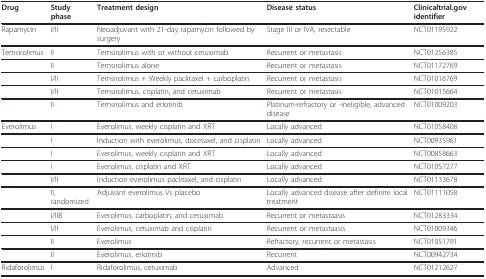
<table><thead><tr><td><b>Drug</b></td><td><b>Study phase</b></td><td><b>Treatment design</b></td><td><b>Disease status</b></td><td><b>Clinicaltrial.gov identifier</b></td></tr></thead><tbody><tr><td>Rapamycin</td><td>I/II</td><td>Neoadjuvant with 21-day rapamycin followed by surgery</td><td>Stage III or IVA, resectable</td><td>NCT01195922</td></tr><tr><td>Temsirolimus</td><td>II</td><td>Temsirolimus with or without cetuximab</td><td>Recurrent or metastasis</td><td>NCT01256385</td></tr><tr><td></td><td>II</td><td>Temsirolimus alone</td><td>Recurrent or metastasis</td><td>NCT01172769</td></tr><tr><td></td><td>I/II</td><td>Temsirolimus + Weekly paclitaxel + carboplatin</td><td>Recurrent or metastasis</td><td>NCT01016769</td></tr><tr><td></td><td>I/II</td><td>Temsirolimus, cisplatin, and cetuximab</td><td>Recurrent or metastasis</td><td>NCT01015664</td></tr><tr><td></td><td>II</td><td>Temsirolimus and erlotinib</td><td>Platinum-refractory or -ineligible, advanced disease</td><td>NCT01009203</td></tr><tr><td>Everolimus</td><td>I</td><td>Everolimus, weekly cisplatin and XRT</td><td>Locally advanced</td><td>NCT01058408</td></tr><tr><td></td><td>I</td><td>Induction with everolimus, docetaxel, and cisplatin</td><td>Locally advanced</td><td>NCT00935961</td></tr><tr><td></td><td>I</td><td>Everolimus, weekly cisplatin and XRT</td><td>Locally advanced</td><td>NCT00858663</td></tr><tr><td></td><td>I</td><td>Everolimus, cisplatin and XRT</td><td>Locally advanced</td><td>NCT01057277</td></tr><tr><td></td><td>I/II</td><td>Induction everolimus paclitaxel, and cisplatin</td><td>Locally advanced</td><td>NCT01133678</td></tr><tr><td></td><td>II, randomized</td><td>Adjuvant everolimus Vs placebo</td><td>Locally advanced disease after definite local treatment</td><td>NCT01111058</td></tr><tr><td></td><td>I/IIB</td><td>Everolimus, carboplatin, and cetuximab</td><td>Recurrent or metastaasis</td><td>NCT01283334</td></tr><tr><td></td><td>I/II</td><td>Everolimus, cetuximab and cisplatin</td><td>Recurrent or metastaasis</td><td>NCT01009346</td></tr><tr><td></td><td>II</td><td>Everolimus</td><td>Refractory, recurrent or metastasis</td><td>NCT01051791</td></tr><tr><td></td><td>II</td><td>Everolimus, erlotinib</td><td>Recurrent</td><td>NCT00942734</td></tr><tr><td>Ridaforolimus</td><td>I</td><td>Ridaforolimus, cetuximab</td><td>Advanced</td><td>NCT01212627</td></tr></tbody></table>